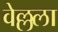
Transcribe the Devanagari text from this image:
वेल्लला